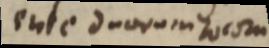
ente duorum locom